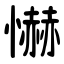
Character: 懗